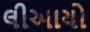
લીઆયો